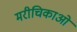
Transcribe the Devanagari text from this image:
मरीचिकाओं